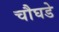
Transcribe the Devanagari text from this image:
चौघडे